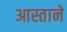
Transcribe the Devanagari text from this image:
आस्ताने